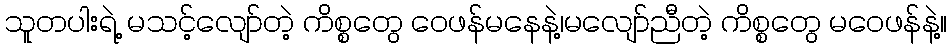
သူတပါးရဲ့ မသင့်လျော်တဲ့ ကိစ္စတွေ ဝေဖန်မနေနဲ့၊မလျော်ညီတဲ့ ကိစ္စတွေ မဝေဖန်နဲ့။